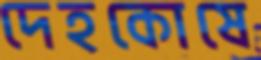
দেহকোষে